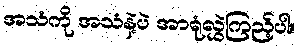
အသံကို အသံနဲ့ပဲ အာရုံလွှဲကြည့်ပါ။